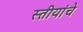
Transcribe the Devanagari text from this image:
स्तीयांचे